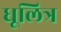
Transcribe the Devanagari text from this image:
धूलित्र